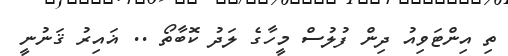
ތި އިންޓަވިއު ދިން ފުލުސް މީހާގެ ލަދު ކޮބާތޯ .. ޣައިރު ޤަނުނީ